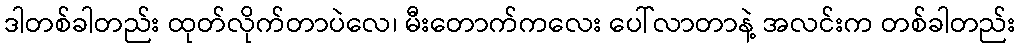
ဒါတစ်ခါတည်း ထုတ်လိုက်တာပဲလေ၊ မီးတောက်ကလေး ပေါ်လာတာနဲ့ အလင်းက တစ်ခါတည်း